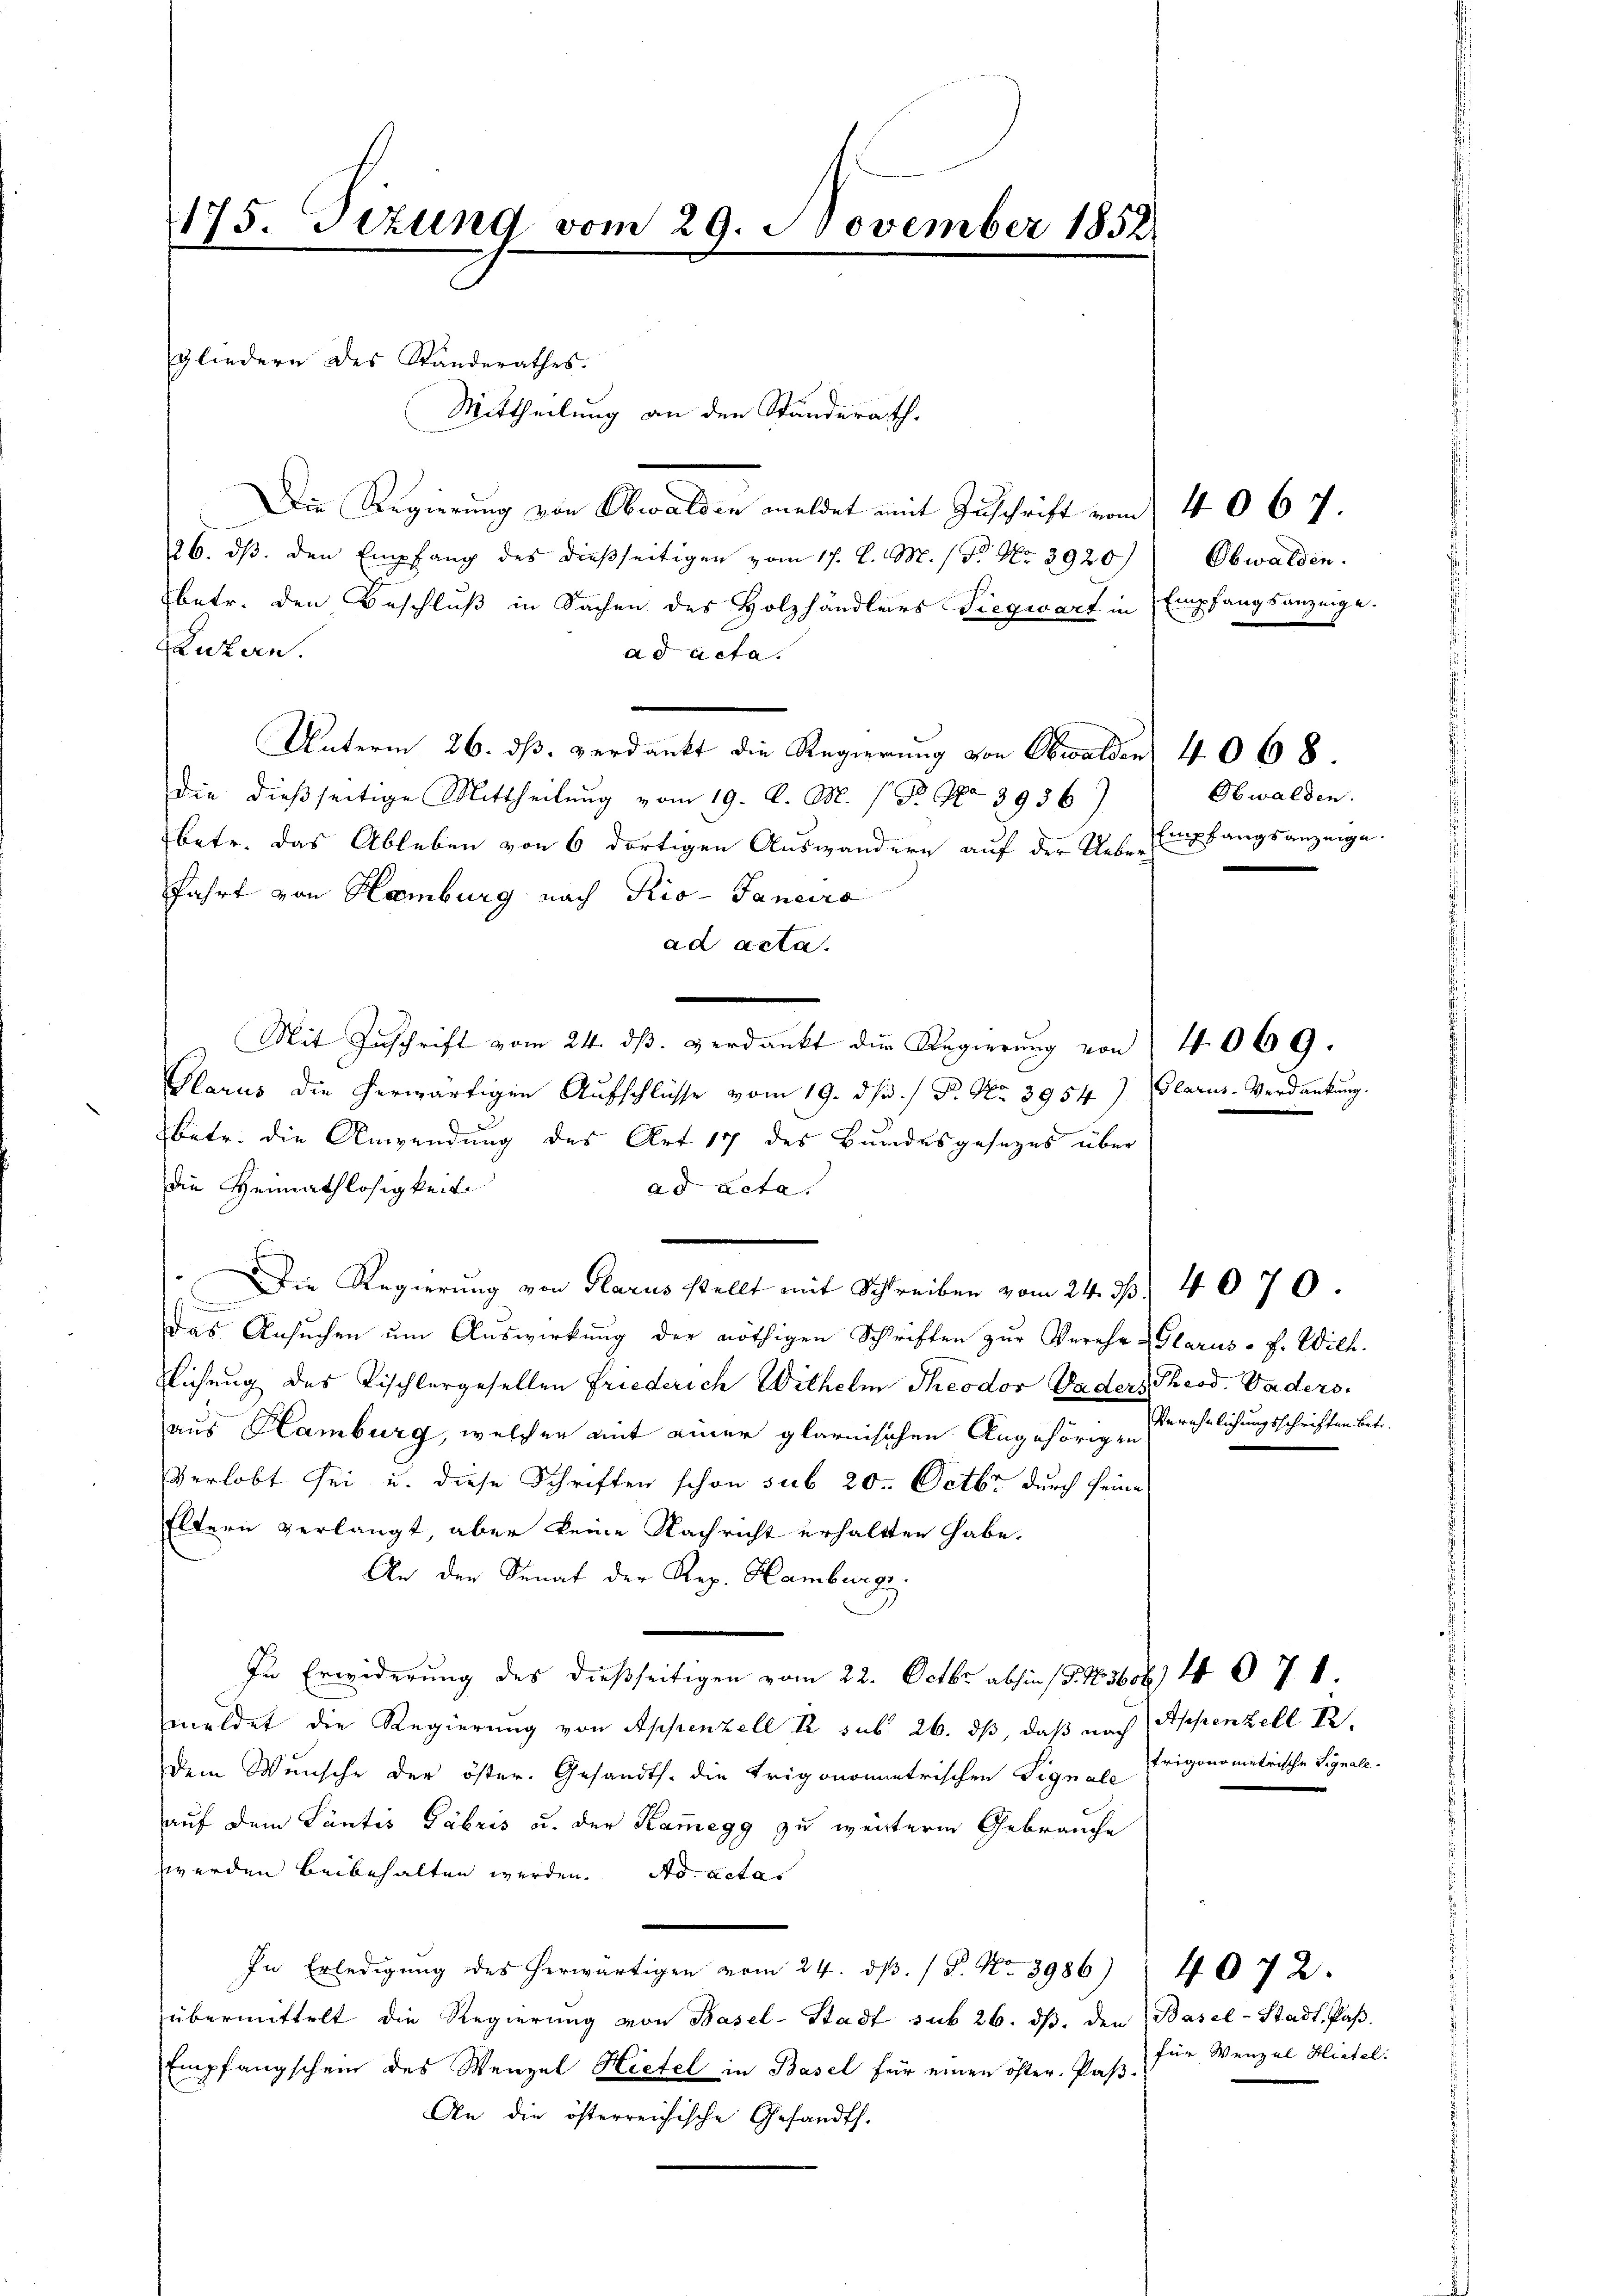
175. Sizung vom 29. November 1858.

Die Regierung von Obwalden meldet mit Zuschrift vom 4 067.
26. dβ. den Empfang des dießseitigen vom 17. d. M. (Fr No 3920) Obwalden.
betr. den Beschluß in Sachen des Holzhändlers Siegwart in Empfangsanzeige.
Ruhren.
ad acta.
Unterm 26. dß. verdankt die Regierung von Obwalden 4068.
die dießseitige Mittheilung vom 19. d. M. P. Nr. 3956)
betr. das Ableben von 6 dortigen Auswandern auf der Ueber Empfangsanzeige
fahrt von Hamburg nach Rio- Janeiro
ad acta.
Mit Zuschrift vom 24. dβ. verdankt der Regierŭng von 4069.
Glarus die herwärtigen Aufschlüsse vom 19. ds. / P. Nr. 3954) Glarus-Verdankung.
betr. die Anwendung des Art 17 des Bundesgesezes über
die Heimathlosigkeit
ad Acta.
Die Regierung von Glarus stellt mit Schreiben vom 24. d. 4070.
.
das Ansuchen um Auswirkung der nöthigen Schriften zur Verehe Glarus - f. Wilh.
zlichung des Tischlergesellen Friederich Wilhelm Theodor Baders Theod. Vadersaus Hamburg, welcher mit einer glarnisichen Angehörig Verehrlichungsschriften betr.
Verlobt sei u. diese Schriften schon sub 20. Octbr durch seine
Eltern verlangt, aber keine Nachricht erhaltten habe.
An der Senat der Reg. Hamburge
In Erwiderung des dießseitigen vom 22. Octbr. abhin (T. Novboz 44 § 71.
meldet die Regierung von Appenzell K. sub. 26. ds, daß nach Appenzell I.
dem Wunsche der öster. Gesandts. die Trigonometrischen Signal Trigonometrische Signale.
auf dem Lantis Fabris u. der Kamegg zu weiterm Gebrauche
werden beibehalten werden. Ad acta
In Erledigŭng des herwärtigen vom 24. dβ. / P. Nr. 3986) 4072.
übermittelt die Regierung von Basel-Stadt sub 26. dβ. den Basel-Stadt, Pas
Empfangschein des Wenzel Hietel in Basel für einen öfter. Pass. Für Wenzel Hirtel.
An die österreichische Gesandth.

gliedern des Standerathes.

Mittheilung an den Standerath.

Obwalden.